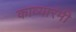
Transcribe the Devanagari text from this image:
काव्यारंमी